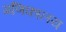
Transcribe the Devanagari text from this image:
गणिकालय